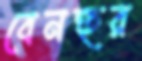
বেনহুর